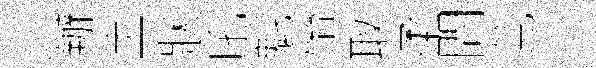
辦宝狀吼魁怡取柔問莧